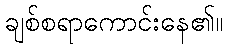
ချစ်စရာကောင်းနေ၏။